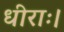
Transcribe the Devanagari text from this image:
धीराः।